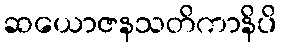
ဆယောဇနသတိကာနိပိ